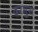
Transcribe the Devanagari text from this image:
दरमुस